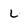
Character: L